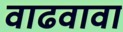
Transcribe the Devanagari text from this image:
वाढवावा